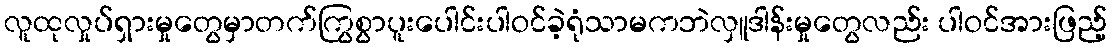
လူထုလှုပ်ရှားမှုတွေမှာတက်ကြွစွာပူးပေါင်းပါဝင်ခဲ့ရုံသာမကဘဲလှူဒါန်းမှုတွေလည်း ပါဝင်အားဖြည့်